Leaving Certificate Examination (including Day School Certificate (Higher) General paper), 1927
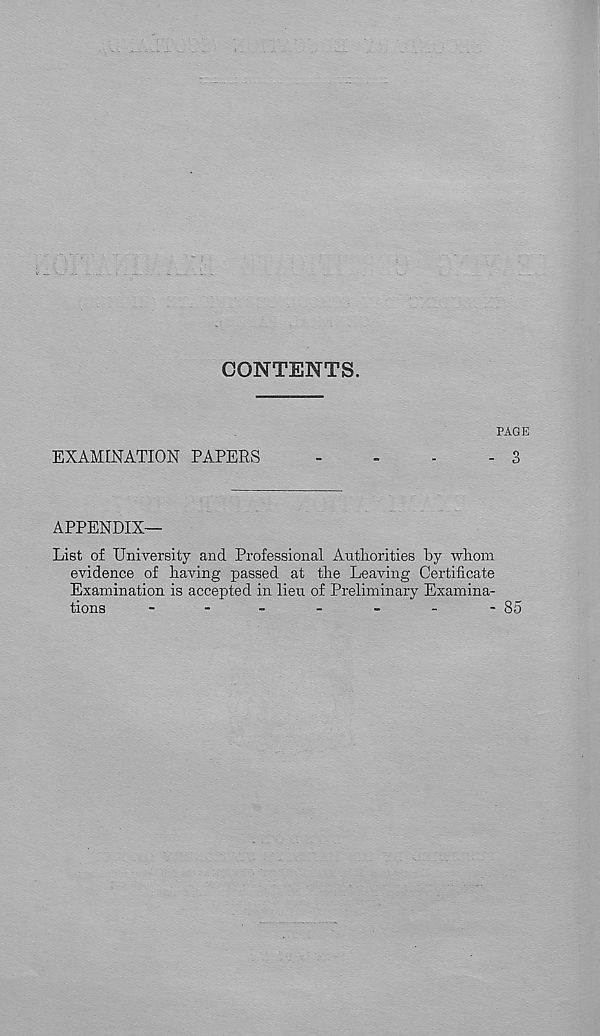
CONTENTS.
PAGE
EXAMINATION PAPERS
-
-
-
- 3
APPENDIX—
List of University and Professional Authorities by whom
evidence of having passed at the Leaving Certificate
Examination is accepted in lieu of Preliminary Examina-
tions
-
-
-
-
-
-
-85